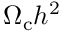
\Omega _ { \mathrm { c } } h ^ { 2 }